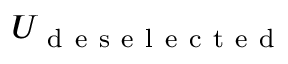
U _ { \mathrm { ~ d ~ e ~ s ~ e ~ l ~ e ~ c ~ t ~ e ~ d ~ } }